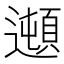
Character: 𲆁